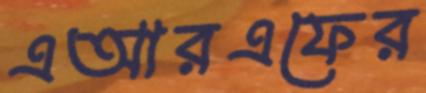
এআরএফের